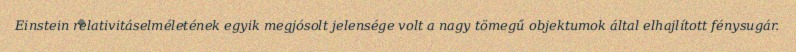
Einstein relativitáselméletének egyik megjósolt jelensége volt a nagy tömegű objektumok által elhajlított fénysugár.